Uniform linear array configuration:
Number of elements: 8
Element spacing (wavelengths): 1
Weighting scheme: kaiser
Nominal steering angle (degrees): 15
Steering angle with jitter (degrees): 16.643
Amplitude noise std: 0.05
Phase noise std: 0.05

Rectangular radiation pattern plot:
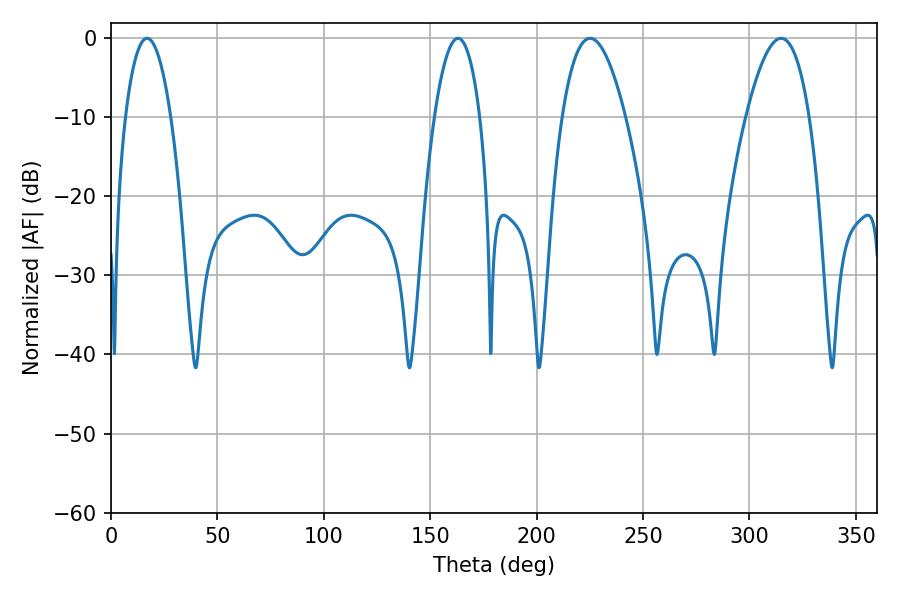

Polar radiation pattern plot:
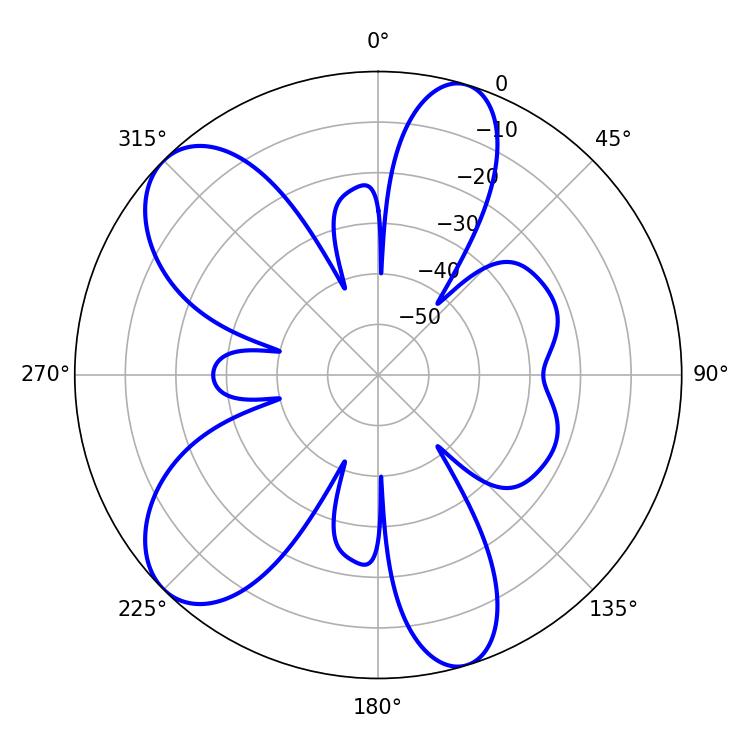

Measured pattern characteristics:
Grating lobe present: TRUE
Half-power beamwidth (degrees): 11.88
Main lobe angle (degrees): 16.92